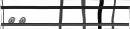
٧٦